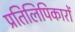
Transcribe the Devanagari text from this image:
प्रतिलिपिकारों